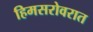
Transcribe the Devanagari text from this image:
हिमसरोवरात